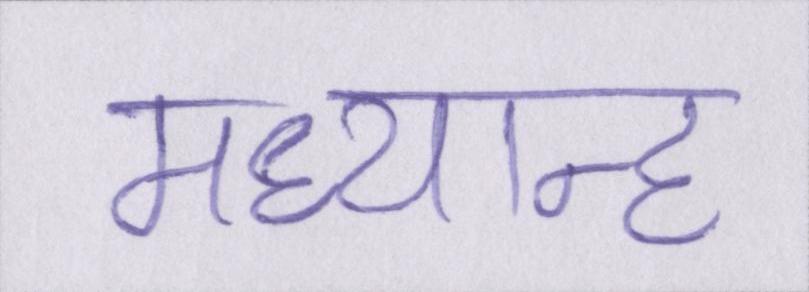
मध्यान्ह